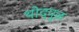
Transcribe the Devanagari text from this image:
थोदपुऴ